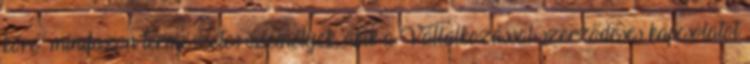
köre: mindazon természetes személyek, akik a Vállalkozással szerződéses kapcsolatot